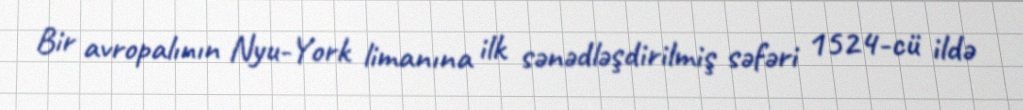
Bir avropalının Nyu-York limanına ilk sənədləşdirilmiş səfəri 1524-cü ildə